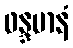
ဖန္ဒမာနံ